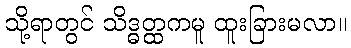
သို့ရာတွင် သိဒ္ဓတ္ထကမူ ထူးခြားမလာ။